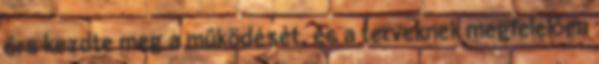
őrs kezdte meg a működését, és a terveknek megfelelően